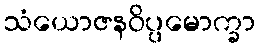
သံယောဇနဝိပ္ပမောက္ခာ